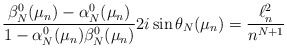
\begin{align*}\frac{\beta_N^{0}(\mu_n)-\alpha_N^{0}(\mu_n)}{1-\alpha_N^{0}(\mu_n)\beta_N^{0}(\mu_n)} 2i\sin \theta_N(\mu_n)= \frac{\ell^2_n}{n^{N+1}}\end{align*}